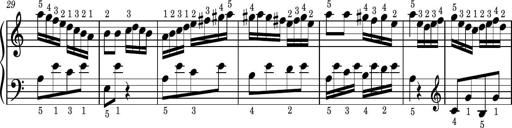
Title: Easy Progressive Lessons and 4 Sonatinas
Composer: Thomas Attwood